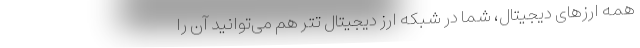
همه ارزهای دیجیتال، شما در شبکه ارز دیجیتال تتر هم می‌توانید آن را